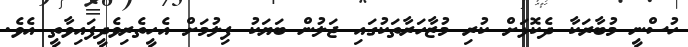
ހުސްނީ މުބާރަކާ ދެކޮޅަށް ކުރި މުޒާހަރާތަކުގައި ޖަލުން ބަޔަކު ފިލުމަށް އެހީތެރިވެދީފައިވާތީ އެވެ.